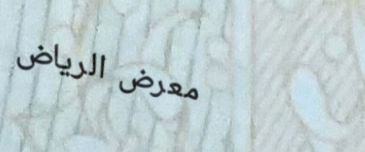
معرض الرياض